Tezpur Lunatic Asylum reports 1895-1904 - 1895-1904
Year: 1895
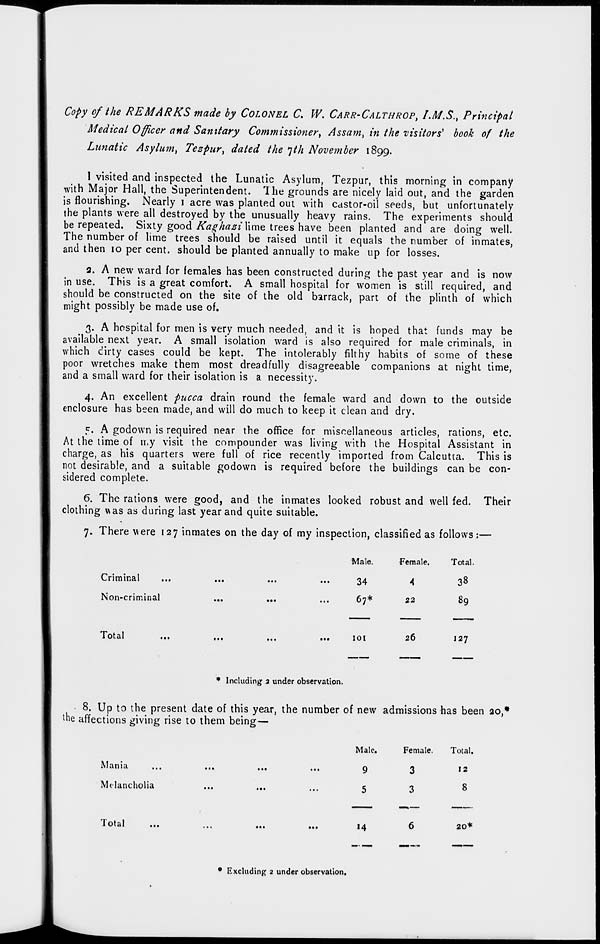
Copy of the REMARKS made by COLONEL C. W. CARR-CALTHROP, /M.S., Principal
Medical Officer and Sanitary Commissioner, Assam, in the visitors' book of the
Lunatic Asylum, Tespur, dated the *]th November 1899.
I visited and inspected the Lunatic Asylum, Tezpur, this morning in company
with Major Hall, the Superintendent. The grounds are nicely laid out, and the garden
is flourishing. Nearly 1 acre was planted out with castor-oil seeds, but unfortunately
the plants were all destroyed by the unusually heavy rains. The experiments should
be repeated. Sixty good Kaghazi lime trees have been planted and are doing well.
The number of lime trees should be raised until it equals the number of inmates,
and then 10 per cent, should be planted annually to make up for losses.
2. A new ward for females has been constructed during the past year and is now
in use. This is a great comfort. A small hospital for women is still required, and
should be constructed on the site of the old barrack, part of the plinth of which
might possibly be made use of.
3. A hospital for men is very much needed, and it is hoped that funds may be
available next year. A small isolation ward is also required for male criminals, in
which cirty cases could be kept. The intolerably filthy habits of some of these
poor wretches make them most dreadfully disagreeable companions at night time,
and a small ward for their isolation is a necessity.
4. An excellent pucca drain round the female ward and down to the outside
enclosure has been made, and will do much to keep it clean and dry.
5. A godown is required near the office for miscellaneous articles, rations, etc.
At the time of my visit the compounder was living with the Hospital Assistant in
charge, as his quarters were full of rice recently imported from Calcutta. This is
not desirable, and a suitable godown is required before the buildings can be con-
sidered complete.
6. The rations were good, and the inmates looked robust and well fed. Their
clothing was as during last year and quite suitable.
7. There were 127 inmates on the day of my inspection, classified as follows:—
Criminal
,
Non-criminal
Total
Male.
Female.
Total.
34
4
38
67*
22
89
101
26
127
* Including 2 under observation.
• 8. Up to the present date of this year, the number of new admissions has been 20,*
the affections giving rise to them being—
Mania
Melancholia
Male.
Female.
Total.
9
3
12
5
3
8
Total
»4
20*
0 Excluding 2 under observation.
J